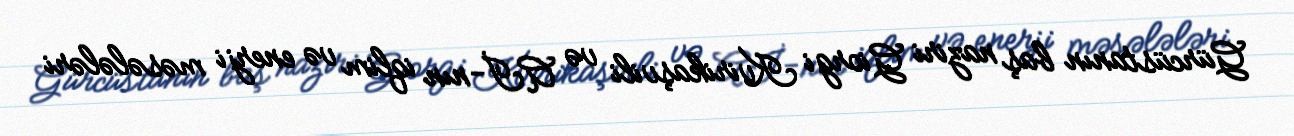
Gürcüstanın baş naziri Giorgi Kvirikaşvili və Aİ-nın iqlim və enerji məsələləri